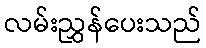
လမ်းညွှန်ပေးသည်